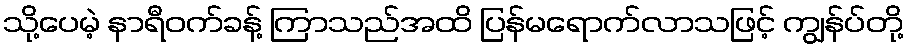
သို့ပေမဲ့ နာရီဝက်ခန့် ကြာသည်အထိ ပြန်မရောက်လာသဖြင့် ကျွန်ပ်တို့